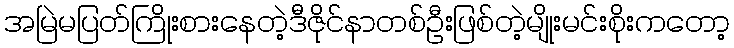
အမြဲမပြတ်ကြိုးစားနေတဲ့ဒီဇိုင်နာတစ်ဦးဖြစ်တဲ့မျိုးမင်းစိုးကတော့